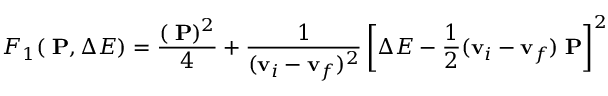
F _ { 1 } ( { \bf \Delta P } , \Delta E ) = \frac { ( { \bf \Delta P } ) ^ { 2 } } { 4 } + \frac { 1 } { ( { \bf v } _ { i } - { \bf v } _ { f } ) ^ { 2 } } \left[ \Delta E - \frac { 1 } { 2 } ( { \bf v } _ { i } - { \bf v } _ { f } ) { \bf \Delta P } \right] ^ { 2 }